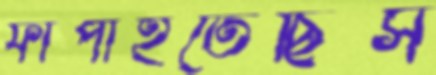
ফাঁপাইতেছিস